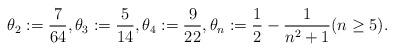
LaTeX: \begin{align*}\theta_2 := \frac{7}{64}, \theta_3 := \frac{5}{14}, \theta_4 := \frac{9}{22}, \theta_n := \frac{1}{2} - \frac{1}{n^2+1} (n \geq 5).\\\end{align*}